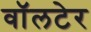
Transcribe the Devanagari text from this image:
वॉलटेर